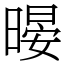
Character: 暥